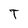
Character: T